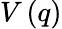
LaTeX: V\left(q\right)